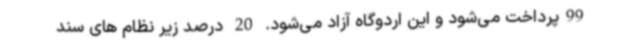
99پرداخت می‌شود و این اردوگاه آزاد می‌شود. 20 درصد زیر نظام های سند